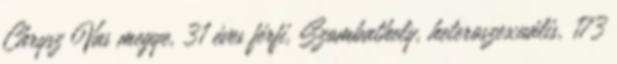
Chrysz Vas megye, 31 éves férfi, Szombathely, heteroszexuális, 173